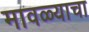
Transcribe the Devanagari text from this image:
मावळ्याचा